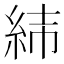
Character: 𦀃